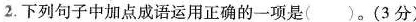
2.下列句子中加点成语运用正确的一项是( )。(3分)